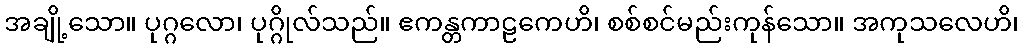
အချို့သော။ ပုဂ္ဂလော၊ ပုဂ္ဂိုလ်သည်။ ဧကန္တကာဠကေဟိ၊ စစ်စင်မည်းကုန်သော။ အကုသလေဟိ၊